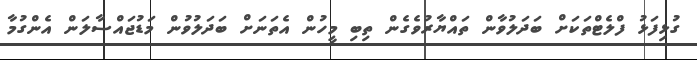
ގުޅިފަޅު ފްލެޓްތަކަށް ބަދަލުވާން ތައްޔާރުވެގެން ތިބި މީހުން އެތަނަށް ބަދަލުވުން މަޑުޖައްސާލަން އެންގުމާ